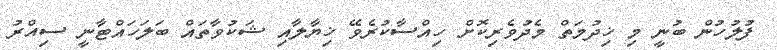
ފުލުހުން ބުނީ މި ޚިދުމަތް މެދުވެރިކޮށް ހިއްސާކުރެވޭ ޚިޔާލާއި ޝަކުވާތައް ބަލަހައްޓާނީ ސިއްރު